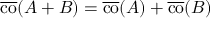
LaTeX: { \overline { { \operatorname { c o } } } } ( A + B ) = { \overline { { \operatorname { c o } } } } ( A ) + { \overline { { \operatorname { c o } } } } ( B )